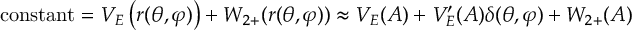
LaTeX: { \mathrm { c o n s t a n t } } = V _ { E } \left( r ( \theta , \varphi ) \right) + { \cal { W } } _ { 2 + } ( r ( \theta , \varphi ) ) \approx V _ { E } ( A ) + V _ { E } ^ { \prime } ( A ) \delta ( \theta , \varphi ) + { \cal { W } } _ { 2 + } ( A )